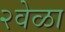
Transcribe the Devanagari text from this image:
२वेळा